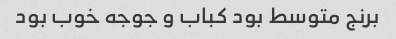
برنج متوسط بود کباب و جوجه خوب بود